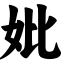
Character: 妣